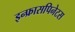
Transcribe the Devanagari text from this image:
इन्फ्रासपिनेटस